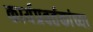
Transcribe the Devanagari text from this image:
कार्यप्रवर्तकांच्या